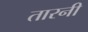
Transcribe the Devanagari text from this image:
तारनी